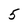
Character: 5